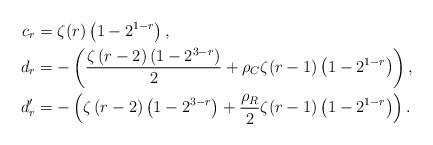
LaTeX: \begin{align*}c_r &= \zeta(r)\left(1 -2^{1-r}\right), \\d_r &= -\left( \frac{\zeta\left(r-2\right)\left(1-2^{3-r}\right)}{2} +\rho_{C}\zeta(r-1)\left(1 - 2^{1-r}\right)\right) ,\\d_r^{\prime} &= -\left(\zeta\left(r-2\right)\left(1-2^{3-r}\right) +\frac{\rho_{R}}{2}\zeta(r-1)\left(1 - 2^{1-r}\right)\right) .\end{align*}